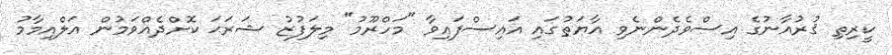
ކީރިތި ޤުރުއާނުގެ އިސްވެދެންނެވި އާޔަތުގައި އައިސްފައިވާ "މަހްރޫމު" މިލަފުޒު ޝަރަޙަ ކޮށްދެއްވަމުން އަލްއިމާމު